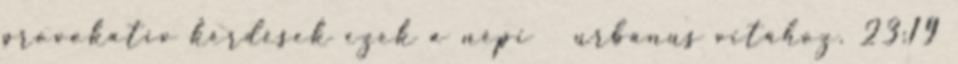
provokatív kérdések ezek a népi urbánus vitához. 23:19